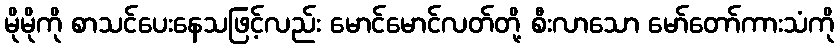
မိုမိုကို စာသင်ပေးနေသဖြင့်လည်း မောင်မောင်လတ်တို့ စီးလာသော မော်တော်ကားသံကို